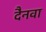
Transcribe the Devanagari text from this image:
दैनवा